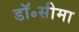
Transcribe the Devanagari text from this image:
डॉ॰सीमा